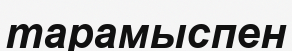
тарамыспен